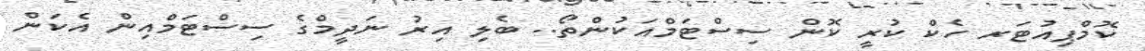
ކޮމްޕިއުޓަރ ހެކް ކުރީ ކޮން ސިސްޓަމްއަކުންތޯ.. ބެލި އިރު ނަދީމްގެ ސިސްޓަމްއިން އެކަން